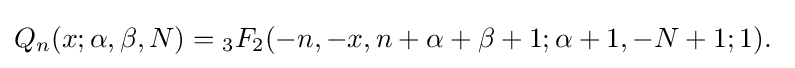
Q_{n}(x;\alpha ,\beta ,N)={}_{3}F_{2}(-n,-x,n+\alpha +\beta +1;\alpha +1,-N+1;1).\